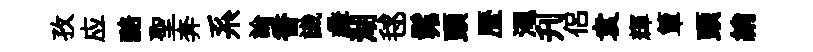
孜应醅聖奔系論香識彜湖毬髴頭歴澠刋侣袁輝簞頭綃